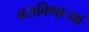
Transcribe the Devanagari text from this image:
बसविणार्‍या